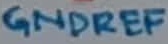
Text: GNDREF